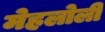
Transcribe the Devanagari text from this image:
मेहलोली